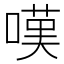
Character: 嘆